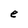
Character: e